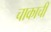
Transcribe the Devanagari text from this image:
चाकाची